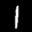
Label: 1